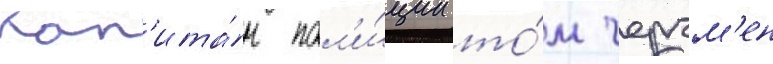
Кап'ита́н пол'и́ции то́м черчм'ен